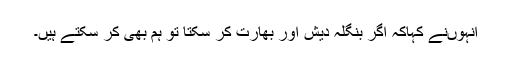
انہوںنے کہاکہ اگر بنگلہ دیش اور بھارت کر سکتا تو ہم بھی کر سکتے ہیں۔